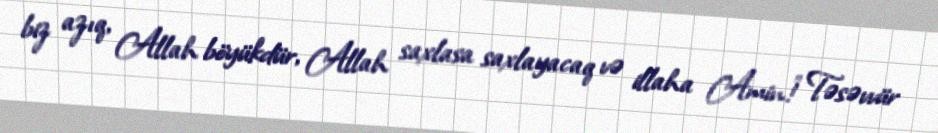
biz azıq, Allah böyükdür, Allah saxlasa saxlayacaq və illaha Amin!” Təsəvvür